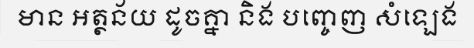
មាន អត្ថន័យ ដូចគ្នា និង បញ្ចេញ សំឡេង